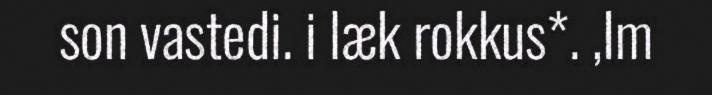
son vastedi. i læk rokkus*. ,Im